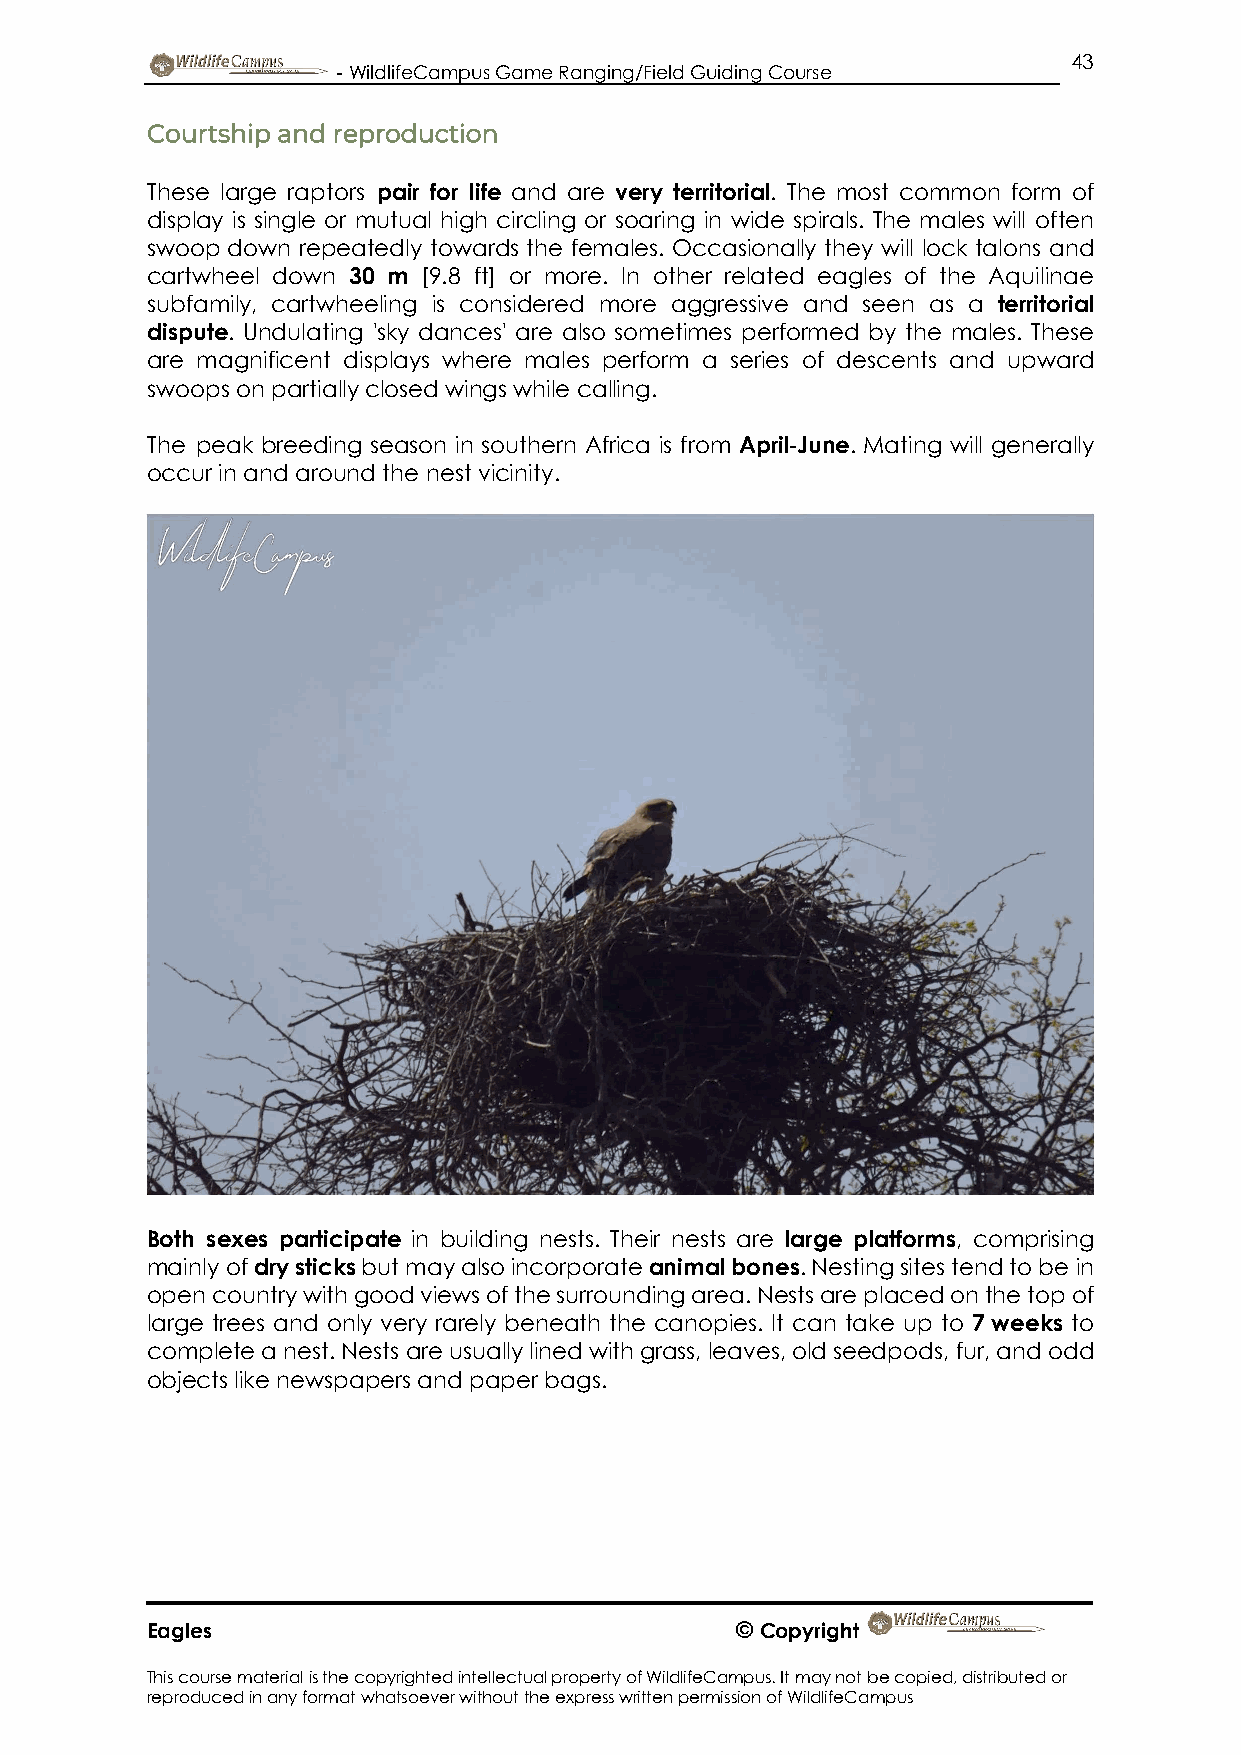
43
 - WildlifeCampus Game Ranging/Field Guiding Course
 Courtship and reproduction
 These large raptors pair for life and are very territorial. The most common form of
 display is single or mutual high circling or soaring in wide spirals. The males will often
 swoop down repeatedly towards the females. Occasionally they will lock talons and
 cartwheel down 30 m [9.8 ft] or more. In other related eagles of the Aquilinae
 subfamily, cartwheeling is considered more aggressive and seen as a territorial
 dispute. Undulating 'sky dances' are also sometimes performed by the males. These
 are magnificent displays where males perform a series of descents and upward
 swoops on partially closed wings while calling.
 The peak breeding season in southern Africa is from April-June. Mating will generally
 occur in and around the nest vicinity.
 Both sexes participate in building nests. Their nests are large platforms, comprising
 mainly of dry sticks but may also incorporate animal bones. Nesting sites tend to be in
 open country with good views of the surrounding area. Nests are placed on the top of
 large trees and only very rarely beneath the canopies. It can take up to 7 weeks to
 complete a nest. Nests are usually lined with grass, leaves, old seedpods, fur, and odd
 objects like newspapers and paper bags.
 Eagles                                 © Copyright
 This course material is the copyrighted intellectual property of WildlifeCampus. It may not be copied, distributed or
 reproduced in any format whatsoever without the express written permission of WildlifeCampus